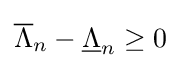
{\overline {\Lambda }}_{n}-{\underline {\Lambda }}_{n}\geq 0